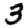
Digit: 3